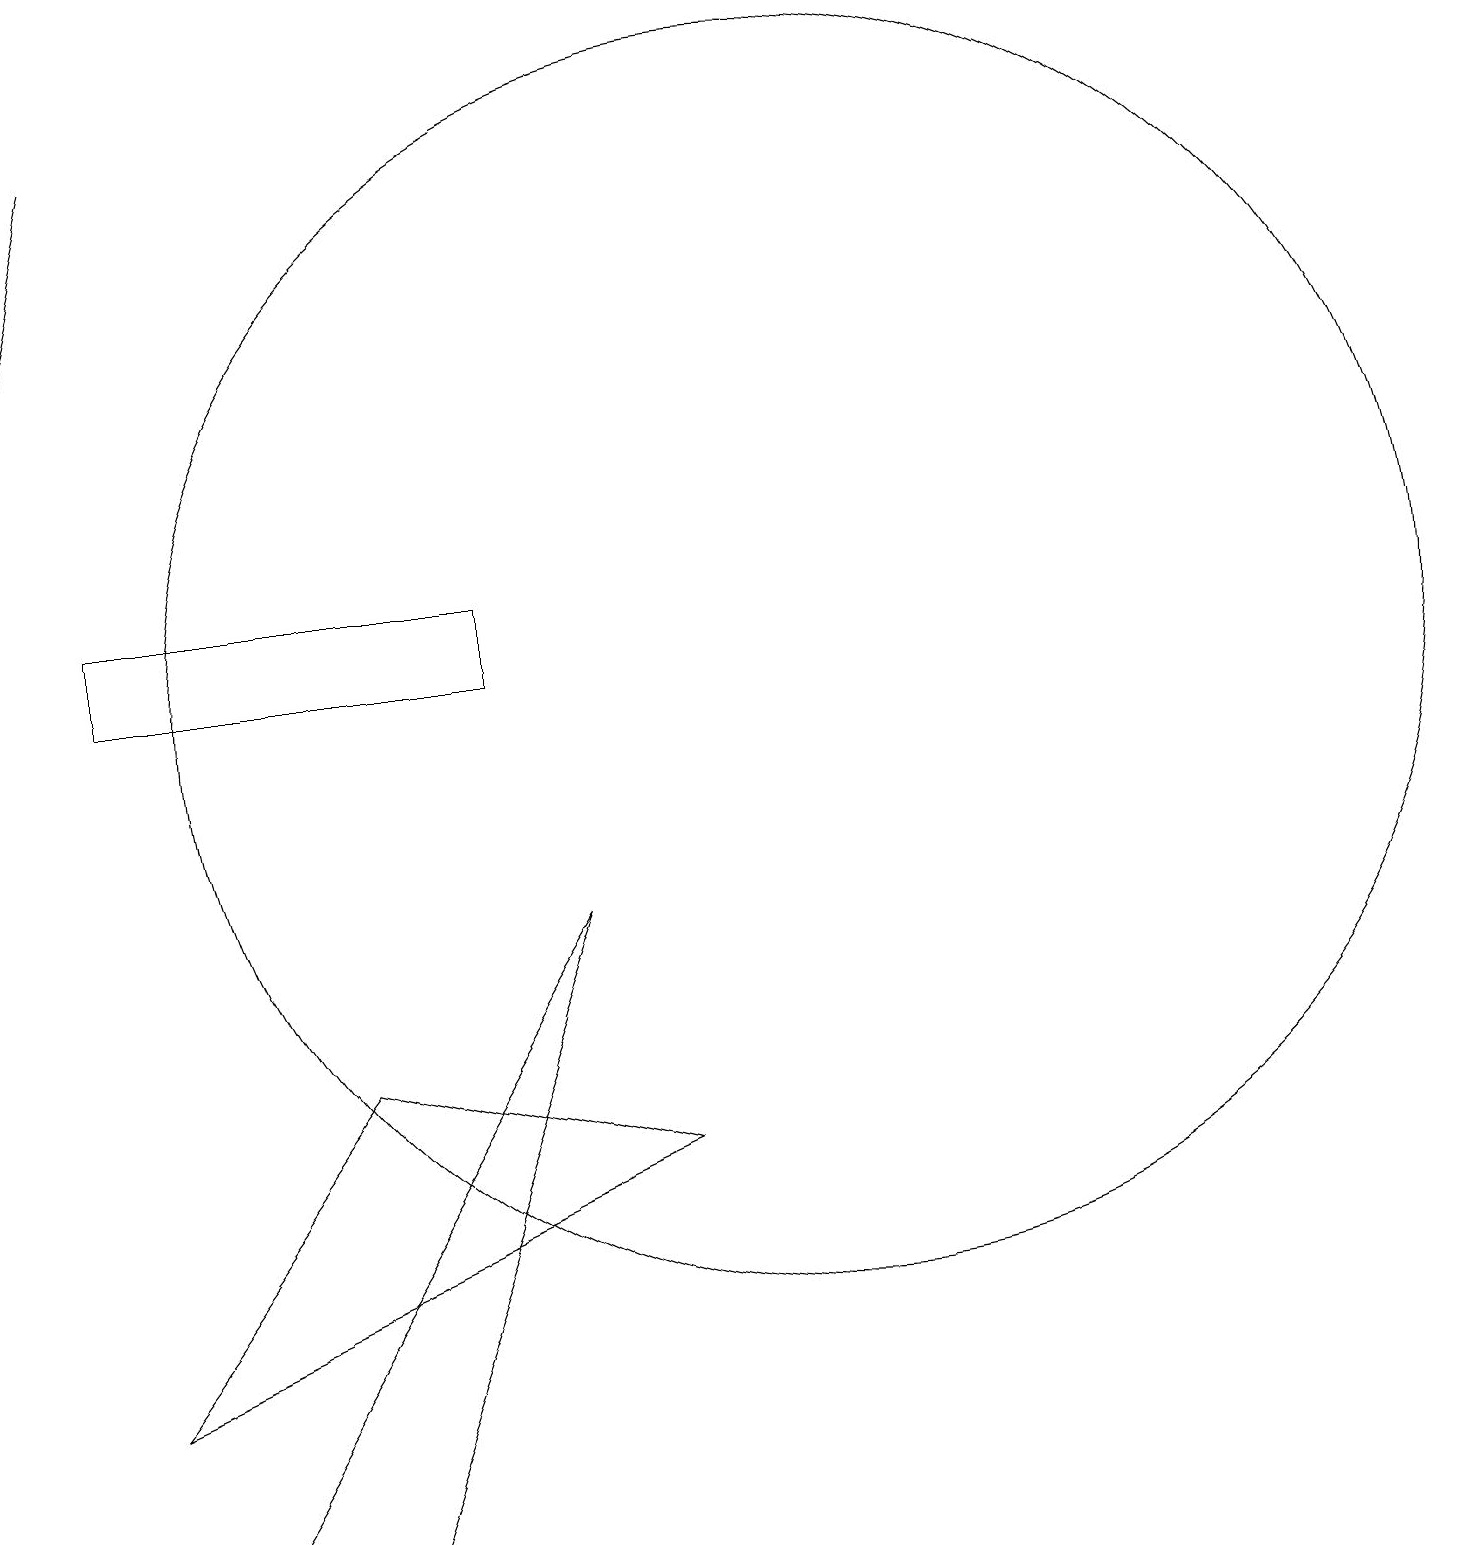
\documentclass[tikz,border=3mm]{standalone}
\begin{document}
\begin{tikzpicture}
\draw (4,6) -- (1,2) -- (8,5) -- cycle;
\draw[->] (1,18) -- (0,14);
\draw (4,0) -- (2,0) -- (7,8) -- cycle;
\draw (1,12) rectangle (6,11);
\draw (10,11) circle (8);
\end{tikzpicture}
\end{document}